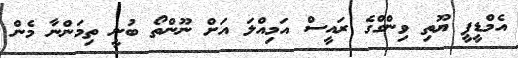
އެމްޑީޕީ ޔޫތި ވިންގްގެ ރައީސް އަމިއްލަ އަށް ނޫންތޯ ބުނީ ތިމަންނާ މެން